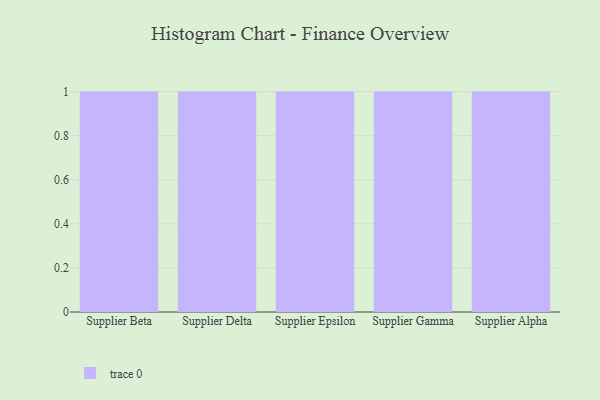
{"axis": {"x": "Supplier", "y": "Gross Profit (USD K)"}, "legend": [""], "data": [{"x": "Supplier Beta", "y": 95, "type": ""}, {"x": "Supplier Delta", "y": 49, "type": ""}, {"x": "Supplier Epsilon", "y": 93, "type": ""}, {"x": "Supplier Gamma", "y": 96, "type": ""}, {"x": "Supplier Alpha", "y": 29, "type": ""}]}